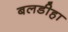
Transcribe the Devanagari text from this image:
बलडीहा